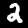
Digit: 2